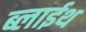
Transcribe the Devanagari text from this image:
ब्लाईथ